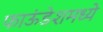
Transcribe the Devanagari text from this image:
फाऊंडेशमध्ये